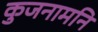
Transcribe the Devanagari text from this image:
कुजनामनि